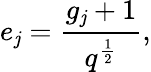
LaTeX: e_{\mathit{j}}=\frac{{g_{\mathit{j}}+1}}{{q^{\frac{{1}}{{2}}}}},